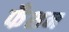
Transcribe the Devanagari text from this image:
फँशन